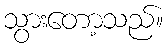
သွားတော့သည်။